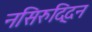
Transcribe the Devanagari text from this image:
नसिरुद्दिन